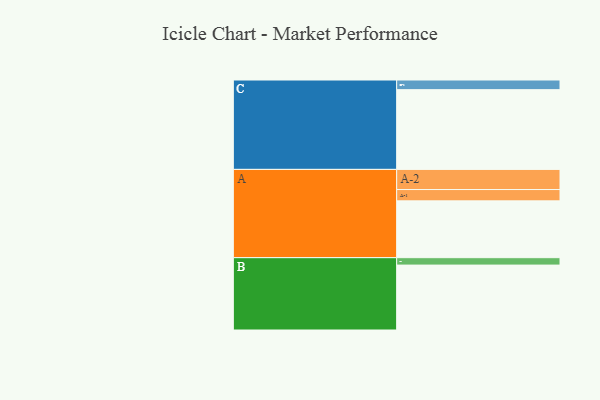
{"axis": {"x": "Segment", "y": "Value"}, "legend": ["", "A", "B", "C"], "data": [{"x": "A", "y": 406, "type": ""}, {"x": "B", "y": 464, "type": ""}, {"x": "C", "y": 570, "type": ""}, {"x": "A-1", "y": 81, "type": "A"}, {"x": "A-2", "y": 144, "type": "A"}, {"x": "B-1", "y": 53, "type": "B"}, {"x": "C-1", "y": 69, "type": "C"}]}